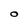
Character: O